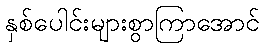
နှစ်ပေါင်းများစွာကြာအောင်